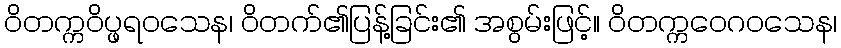
ဝိတက္ကဝိပ္ဖရဝသေန၊ ဝိတက်၏ပြန့်ခြင်း၏ အစွမ်းဖြင့်။ ဝိတက္ကဝေဂဝသေန၊